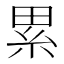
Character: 累